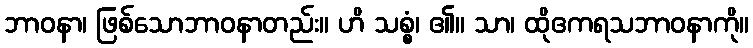
ဘာဝနာ၊ ဖြစ်သောဘာဝနာတည်း။ ဟိ သစ္စံ၊ ၏။ သာ၊ ထိုဧကရသဘာဝနာကို။